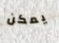
يمكن